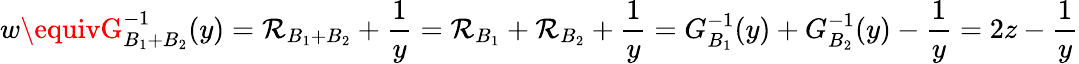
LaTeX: w\equivG_{B_{1}+B_{2}}^{-1}(y)=\mathcal{R}_{B_{1}+B_{2}}+\frac{{1}}{{y}}=\mathcal{R}_{B_{1}}+\mathcal{R}_{B_{2}}+\frac{{1}}{{y}}=G_{B_{1}}^{-1}(y)+G_{B_{2}}^{-1}(y)-\frac{{1}}{{y}}=2z-\frac{{1}}{{y}}